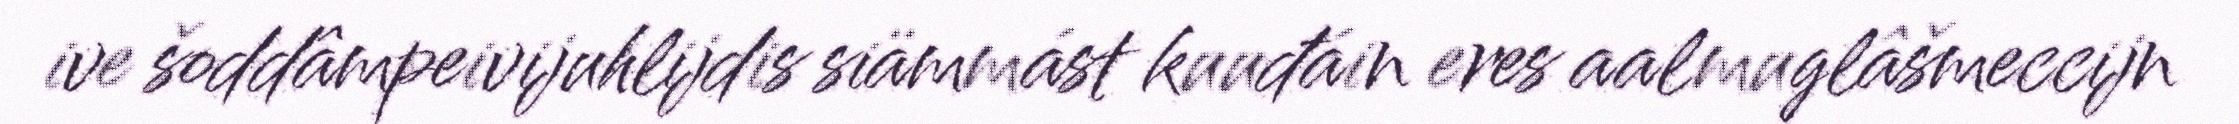
ive šoddâmpeivijuhlijdis siämmást kuuđáin eres aalmuglâšmeccijn